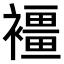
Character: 𧝿